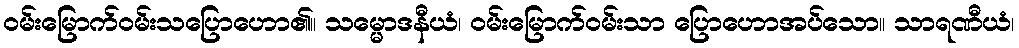
ဝမ်းမြောက်ဝမ်းသပြောဟော၏။ သမ္မောဒနီယံ၊ ဝမ်းမြောက်ဝမ်းသာ ပြောဟောအပ်သော။ သာရဏီယံ၊